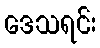
ဒေသရင်း